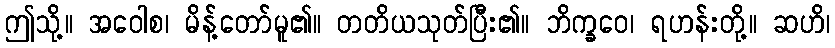
ဤသို့။ အဝေါစ၊ မိန့်တော်မူ၏။ တတိယသုတ်ပြီး၏။ ဘိက္ခဝေ၊ ရဟန်းတို့။ ဆဟိ၊